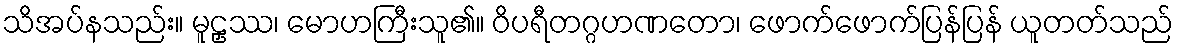
သိအပ်နသည်း။ မူဠှဿ၊ မောဟကြီးသူ၏။ ဝိပရီတဂ္ဂဟဏတော၊ ဖောက်ဖောက်ပြန်ပြန် ယူတတ်သည်